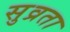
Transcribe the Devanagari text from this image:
सुव्रता